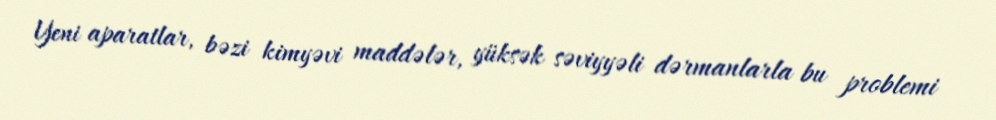
Yeni aparatlar, bəzi kimyəvi maddələr, yüksək səviyyəli dərmanlarla bu problemi